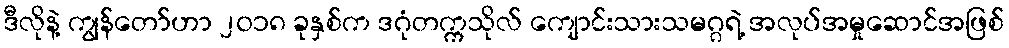
ဒီလိုနဲ့ ကျွန်တော်ဟာ ၂၀၁၈ ခုနှစ်က ဒဂုံတက္ကသိုလ် ကျောင်းသားသမဂ္ဂရဲ့ အလုပ်အမှုဆောင်အဖြစ်